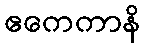
ဧကေကာနိ